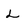
Character: L